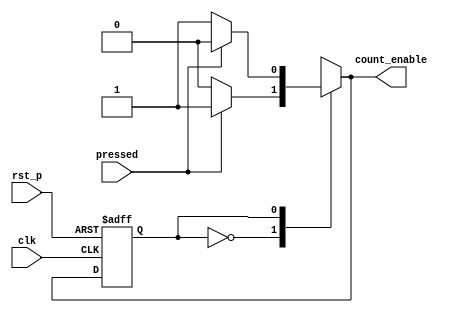
`timescale 1ns / 1ps
//////////////////////////////////////////////////////////////////////////////////
// Company: 
// Engineer: 
// 
// Design Name: 
// Module Name: FSM
// Project Name: 
// Target Devices: 
// Tool Versions: 
// Description: 
// 
// Dependencies: 
// 
// Revision:
// Revision 0.01 - File Created
// Additional Comments:
// 
//////////////////////////////////////////////////////////////////////////////////


`define STAT_PAUSE 0
`define STAT_START 1
`define ENABLED 1
`define DISABLED 0

module FSM(
    input pressed, //push button
    input rst_p,
    input clk,
    output reg count_enable
    );
    reg next_state;
    reg state;
    
always@*
    case (state)  // state judge
        `STAT_PAUSE:
            if (pressed)  begin
                next_state <= `STAT_START;
                count_enable <= `ENABLED;
            end
            else  begin
                next_state <= `STAT_PAUSE;
                count_enable <= `DISABLED;
            end
        `STAT_START:
            if (pressed)  begin
                next_state <= `STAT_PAUSE;
                count_enable <= `DISABLED;
            end
            else  begin
                next_state <= `STAT_START;
                count_enable <= `ENABLED;
            end
        default:
            begin
                next_state <= `STAT_START;
                count_enable <= `ENABLED;
            end
        endcase
        
always @(posedge clk or posedge rst_p)
    if (rst_p)  state <= `STAT_PAUSE;
    else state <= next_state;
    
endmodule